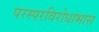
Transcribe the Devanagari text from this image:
परस्परविरोधाभास